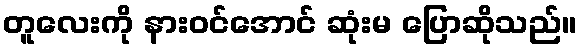
တူလေးကို နားဝင်အောင် ဆုံးမ ပြောဆိုသည်။